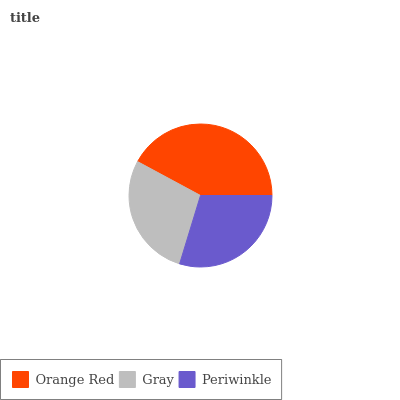
| Orange Red | Gray | Periwinkle |
 | --- | --- | --- |
 | 42.1% | 28.1% | 29.7% |